Annual administration report of the Civil Veterinary Department of India - 1897-1898
Year: 1897
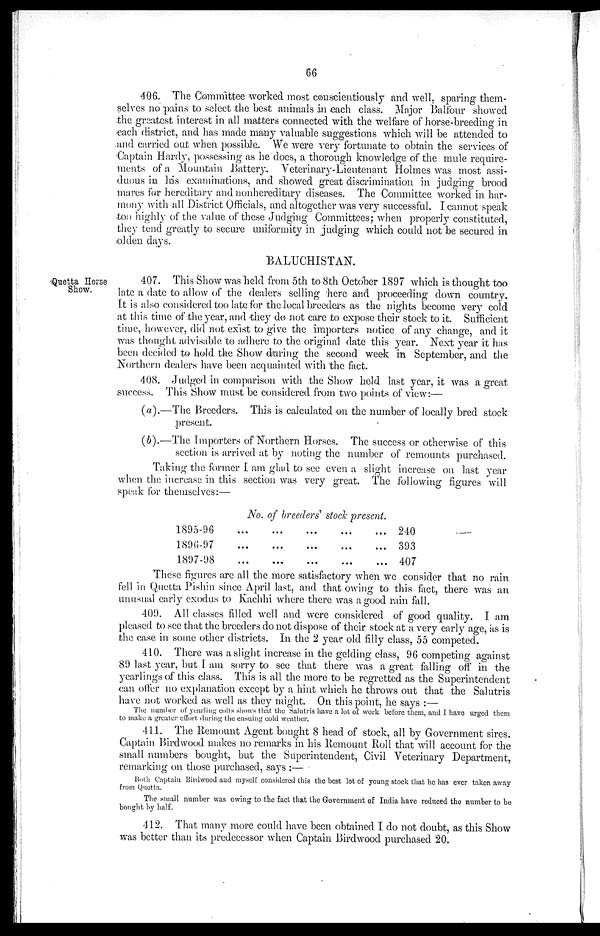
66
406. The Committee worked most conscientiously and well, sparing them-
selves no pains to select the best animals in each class. Major Balfour showed
the greatest interest in all matters connected with the welfare of horse-breeding in
each district, and has made many valuable suggestions which will be attended to
and carried out when possible. We were very fortunate to obtain the services of
Captain Hardy, possessing as he does, a thorough knowledge of the mule require-
ments of a Mountain Battery. Veterinary-Lieutenant Holmes was most assi-
duous in his examinations, and showed great discrimination in judging brood
mares for hereditary and nonhereditary diseases. The Committee worked in har-
mony with all District Officials, and altogether was very successful. I cannot speak
too highly of the value of these Judging Committees; when properly constituted,
they tend greatly to secure uniformity in judging which could not be secured in
olden days.
BALUCHISTAN.
Quetta Horse
Show.
407. This Show was held from 5th to 8th October 1897 which is thought too
late a date to allow of the dealers selling here and proceeding down country.
It is also considered too late for the local breeders as the nights become very cold
at this time of the year, and they do not care to expose their stock to it. Sufficient
time, however, did not exist to give the importers notice of any change, and it
was thought advisable to adhere to the original date this year. Next year it has
been decided to hold the Show during the second week in September, and the
Northern dealers have been acquainted with the fact.
408. Judged in comparison with the Show held last year, it was a great
success. This Show must be considered from two points of view:—
(a).—The Breeders. This is calculated on the number of locally bred stock
present.
(b).—The Importers of Northern Horses. The success or otherwise of this
section is arrived at by noting the number of remounts purchased.
Taking the former I am glad to see even a slight increase on last year
when the increase in this section was very great. The following figures will
speak for themselves:—
No. of breeders' stock present.
1895-96
1896-97
1897-98
...
...
...
...
...
...
...
...
...
...
...
...
...
...
...
240
393
407
These figures are all the more satisfactory when we consider that no rain
fell in Quetta Pishin since April last, and that owing to this fact, there was an
unusual early exodus to Kachhi where there was a good rain fall.
409. All classes filled well and were considered of good quality. I am
pleased to see that the breeders do not dispose of their stock at a very early age, as is
the case in some other districts. In the 2 year old filly class, 55 competed.
410. There was a slight increase in the gelding class, 96 competing against
89 last year, but I am sorry to see that there was a great falling off in the
yearlings of this class. This is all the more to be regretted as the Superintendent
can offer no explanation except by a hint which he throws out that the Salutris
have not worked as well as they might. On this point, he says:—
The number of yearling colts shows that the Salutris have a lot of work before them, and I have urged them
to make a greater effort during the ensuing cold weather.
411. The Remount Agent bought 8 head of stock, all by Government sires.
Captain Birdwood makes no remarks in his Remount Roll that will account for the
small numbers bought, but the Superintendent, Civil Veterinary Department,
remarking on those purchased, says:—
Both Captain Birdwood and myself considered this the best lot of young stock that he has ever taken away
from Quetta.
The small number was owing to the fact that the Government of India have reduced the number to be
bought by half.
412. That many more could have been obtained I do not doubt, as this Show
was better than its predecessor when Captain Birdwood purchased 20.